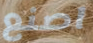
اصنع